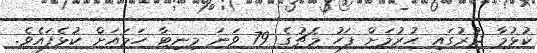
ކުޅުމާ ދުރުގައި ހުރުމަށް ފަހު މެޗުގެ 79 ވަނަ މިނިޓާ ހަމައަށް ކުޅެފައެވެ.